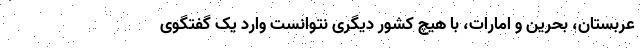
عربستان، بحرین و امارات، با هیچ کشور دیگری نتوانست وارد یک گفتگوی